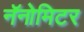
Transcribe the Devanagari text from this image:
नॅनोमिटर